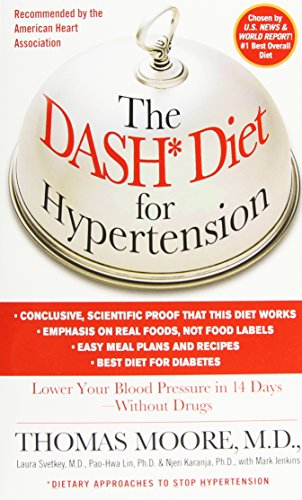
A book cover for The DASH Diet for Hypertension; Thomas J. Moore; Health, Fitness & Dieting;